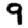
Digit: 9